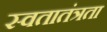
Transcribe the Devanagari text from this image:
स्वतातंत्रता